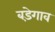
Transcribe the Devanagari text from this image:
बड़ेगाव